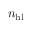
n _ { \mathrm { h l } }